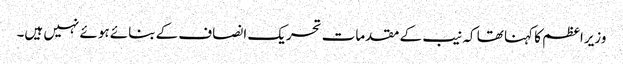
وزیراعظم کا کہنا تھا کہ نیب کے مقدمات تحریک انصاف کے بنائے ہوئے نہیں ہیں۔